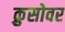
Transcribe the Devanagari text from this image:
क्रुसोवर